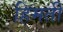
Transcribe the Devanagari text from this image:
हिमती